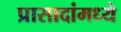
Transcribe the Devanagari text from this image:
प्रासादांमध्ये